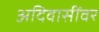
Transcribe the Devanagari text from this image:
अदिवासींवर